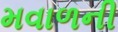
મવાળની